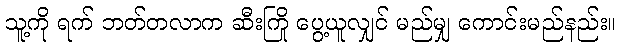
သူ့ကို ရက် ဘတ်တလာက ဆီးကြို ပွေ့ယူလျှင် မည်မျှ ကောင်းမည်နည်း။